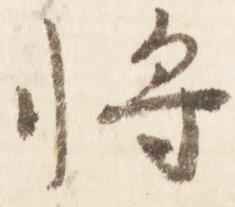
将